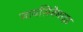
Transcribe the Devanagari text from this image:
नायसिनेमाइड